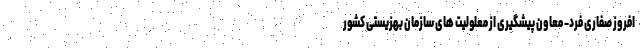
افروز صفاری فرد- معاون پیشگیری از معلولیت های سازمان بهزیستی کشور